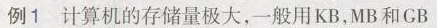
例1 计算机的存储量极大，一般用KB，MB和GB